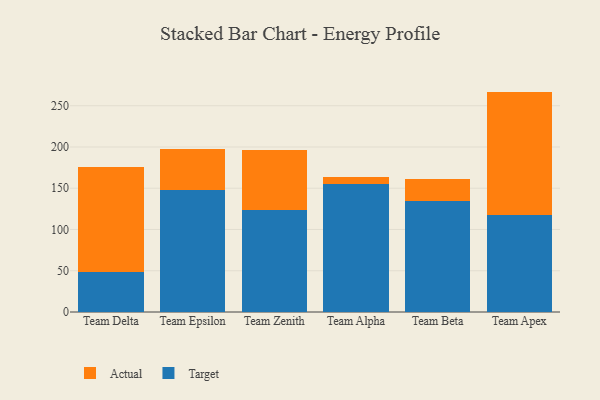
{"axis": {"x": "Team", "y": "Demand Index"}, "legend": ["Actual", "Target"], "data": [{"x": "Team Delta", "y": 49.0, "type": "Target"}, {"x": "Team Delta", "y": 127.0, "type": "Actual"}, {"x": "Team Epsilon", "y": 148.2, "type": "Target"}, {"x": "Team Epsilon", "y": 49.3, "type": "Actual"}, {"x": "Team Zenith", "y": 123.9, "type": "Target"}, {"x": "Team Zenith", "y": 71.9, "type": "Actual"}, {"x": "Team Alpha", "y": 154.9, "type": "Target"}, {"x": "Team Alpha", "y": 8.4, "type": "Actual"}, {"x": "Team Beta", "y": 134.9, "type": "Target"}, {"x": "Team Beta", "y": 26.7, "type": "Actual"}, {"x": "Team Apex", "y": 117.5, "type": "Target"}, {"x": "Team Apex", "y": 149.6, "type": "Actual"}]}